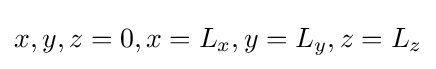
x,y,z=0,x=L_{x},y=L_{y},z=L_{z}